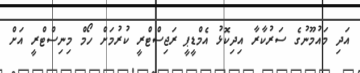
އަދި މައުމޫނުގެ ސަރުކާރާ އިދިކޮޅު އެމްޑީޕީ ރަޖިސްޓްރީ ކުރުމަށް ހޯމް މިނިސްޓްރީ އަށް